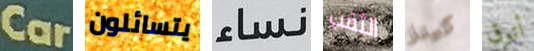
Car يتسائلون نساء الثقب كينز أتوق